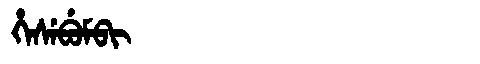
Manchu: ᡥᡝᠰᡝᠪᡠᠮᠪᡳ
Romanization: HESEBUMBI